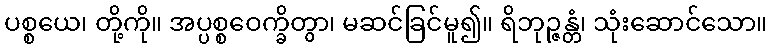
ပစ္စယေ၊ တို့ကို။ အပ္ပစ္စဝေက္ခိတွာ၊ မဆင်ခြင်မူ၍။ ရိဘုဉ္ဇန္တံ၊ သုံးဆောင်သော။